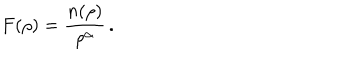
F ( \rho ) = \frac { n ( \rho ) } { \rho ^ { \alpha } } \, .